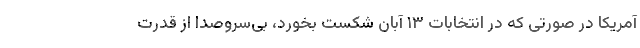
آمریکا در صورتی که در انتخابات ۱۳ آبان شکست بخورد، بی‌سروصدا از قدرت